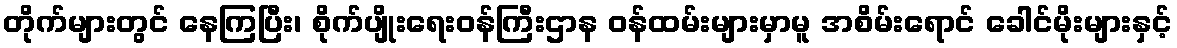
တိုက်များတွင် နေကြပြီး၊ စိုက်ပျိုးရေးဝန်ကြီးဌာန ဝန်ထမ်းများမှာမူ အစိမ်းရောင် ခေါင်မိုးများနှင့်